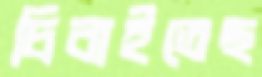
চিবাইতেছ